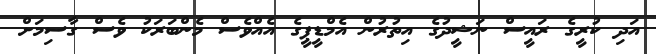
އަދި ކުރީގެ ރައީސް ނަޝީދުގެ އިތުރުން އެމްޑީޕީގެ އެއްވެސް މެންބަރަކު ވެސް ގާސިމަށް